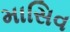
માસિવ